Medical and sanitary report of the native army of Bengal for the year
Year: 1876
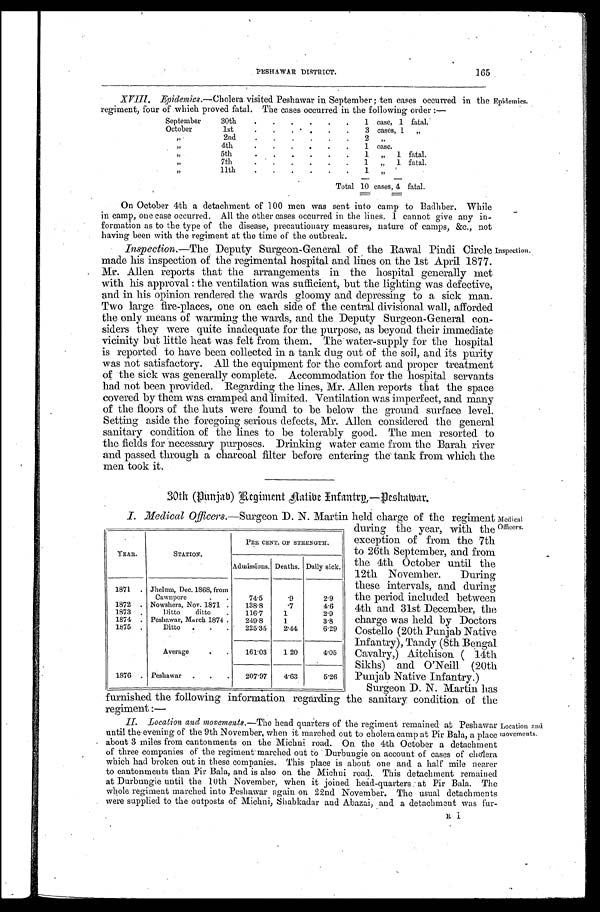
165
PESHAWAR ' DISTRICT.
XVIII.Epidemics.—Cholera visited Peshawar in September; ten eases occurred in the Epidemics.
regiment, four of which proved fatal. The cases occurred in the following order:—
September 30th
1 case, 1 fatal.
October 1st
3 cases, I „
„
2nd
2 „
„ 4th
1 case.
„
5th
„ 1 fatal.
„
7th
„ 1 fatal.
„
11th
1 „
Total 10 cases,4 fatal.
On October 4th a detachment of 1 00 men was sent into camp to Badhber. While
in camp, one case occurred. All the other cases occurred in the lines. I cannot give any in
- f o r m a t i o n a s t o t h e t y p e o f t h e d i s e a s e , p r e c a u t i o n a r y m e a s u r e s , n a t u r e o f c a m p s , & c . , n o t
h a y i n g b e e n w i t h t h e r e g i m e n t a t t h e t i m e o f t h e o u t b r e a k .
Inspection.—The Deputy Surgeon-General of the Rawal Pindi Circle Inspection.
made his inspection of the regimental hospital and lines on the 1st April 1877.
Mr. Allen reports that the arrangements in the hospital generally met
with his approval: the ventilation was sufficient, but the lighting was defective,
and in his opinion rendered the wards gloomy and depressing to a sick man.
Two large fire-places, one on each side of the central divisional wall, afforded
the only means of warming the wards, and the Deputy Surgeon-General con
-siders they were quite inadequate for the purpose, as beyond their immediate
vicinity but little heat was felt from them. The-water-supply for the hospital
is reported to have been collected in a tank dug out of the soil, and its purity
was not satisfactory. All the equipment for the comfort and proper treatment
of the sick was generally complete. Accommodation for the hospital servants
had not been provided. Regarding the lines, Mr. Allen reports that the space
covered by them was cramped and limited. Ventilation was imperfect, and many
of the floors of the huts were found to be below the ground surface level.
Setting aside the foregoing serious defects, Mr. Allen considered the general
sanitary condition of the lines to be tolerably good. The men resorted to
the fields for necessary purposes. Drinking water came from the Barah river
and passed through a charcoal filter before entering the tank from which the
men took it.
30th (Punjab)Regiment Hative Intantrg—Peshwar.
YEAR.
STATION.
PER CENT. OF STRENGTH.
Admissions. Deaths. Daily sick.
1871. Jhelum, Dec. 1868, from
Cawnpore.
74.5 . 9
2.9
1872. Nowshera, Nov. 1871
138.8
. 7 4.6
1873. Ditto ditto
116. 7 1
2.9
1874. Peshawar, March 1874 . 249.8 1
3.8
1875. Ditto. 225.35 2.44
6.29
Average
161.03 1 20
4.05
1876. Peshawar
207.97 4.63 5.26
following
regiment:——
H. Location and movements.—The head quarters of the regiment remained at Peshawar Location and
until the evening of the 9th November, when it
I.
marched out to cholera camp at Pir Bala, a place
a bout 3 miles from cantonments on the Michni road. On the 4thOctober a detachment
of three companies of the regiment marched out to Durbungie on account of cases of cho'lera.
which had broken out in these companies. This. place is about one and a half mile nearer
to cantonments than Pir Bala, and is also on the Michni road. This detachment remained
at Durbungie until the l0th November, when it joined head-quarters: at Pir Bala. The
whole regiment marched into Peshawar again on 22nd November. The usual detachments
were supplied to the outposts of Michni, shabkadar and Abazai, and a detachment was fur-
furnished the
J. Medical Officers.—Surgeon D. N. Martin held charge of the regiment Medical
during the year, with the Officers.
exception of from the 7th
to 26th September, and from
the 4th October until the
12th November. During
these intervals, and during
the period included between
4th and 31st December, the
charge was held by Doctors
Costello (20th Punjab Native
Infantry), Tandy (8th Bengal
Cavalry,) Aitchison ( 14th
Sikhs) and O'Neill (20th
Punjab Native Infantry.)
Surgeon D. N. Martin has
the sanitary condition of the
information regarding movements.
I i